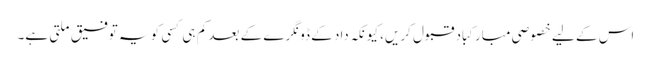
اس کے لیے خصوصی مبارکباد قبول کریں، کیونکہ داد کے ڈونگرے کے بعد کم ہی کسی کو یہ توفیق ملتی ہے۔